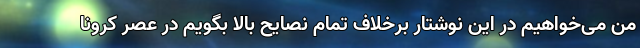
من می‌خواهیم در این نوشتار برخلاف تمام نصایح بالا بگویم در عصر کرونا